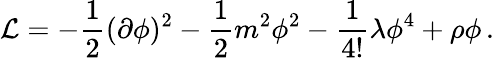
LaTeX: {\cal L}=-{\frac{1}{2}}(\partial\phi)^{2}-{\frac{1}{2}}m^{2}\phi^{2}-{\frac{1}{4!}}\lambda\phi^{4}+\rho\phi\, .